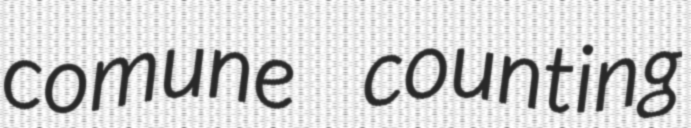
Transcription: comune counting